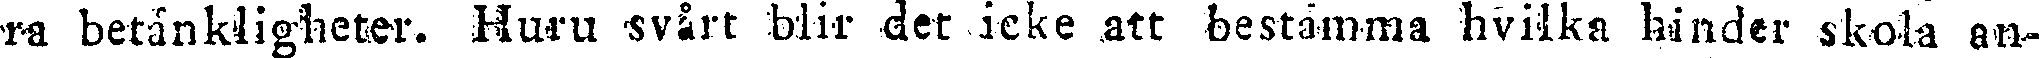
ra betänkligheter. Huru svårt blir det icke att bestämma hviika händer skola an-